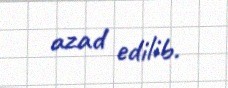
azad edilib.